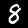
Digit: 8